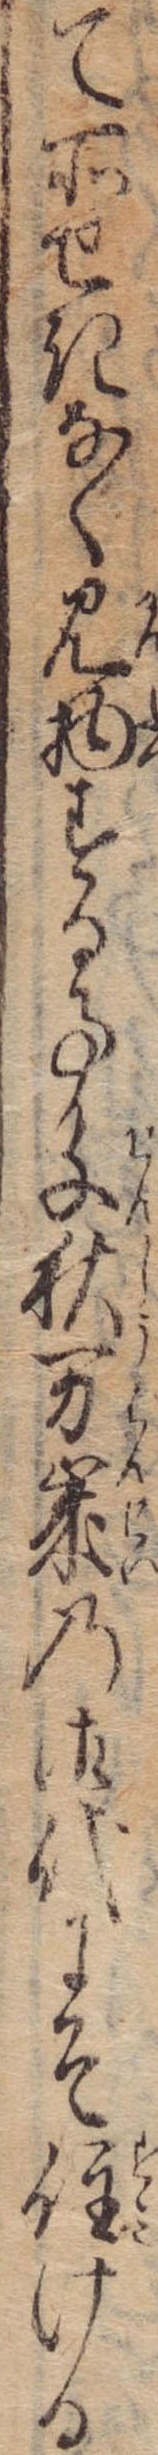
て所せきなく見物する事千秋万歳の御代にそ住ける